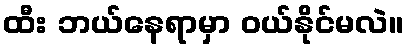
ထီး ဘယ်နေရာမှာ ဝယ်နိုင်မလဲ။